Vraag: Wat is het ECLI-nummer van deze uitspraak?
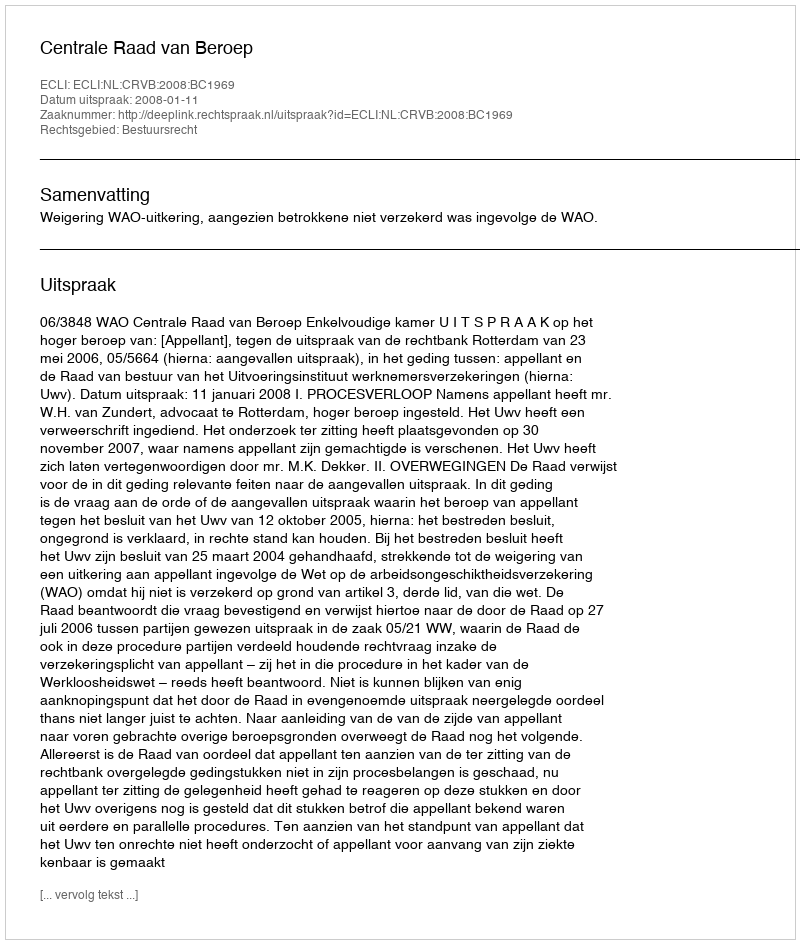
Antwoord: ECLI:NL:CRVB:2008:BC1969